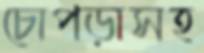
চোপড়াসহ